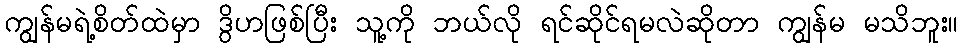
ကျွန်မရဲ့စိတ်ထဲမှာ ဒွိဟဖြစ်ပြီး သူ့ကို ဘယ်လို ရင်ဆိုင်ရမလဲဆိုတာ ကျွန်မ မသိဘူး။